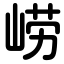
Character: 崂